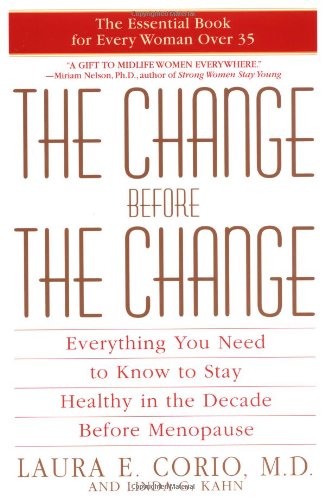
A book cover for The Change Before the Change: Everything You Need to Know to Stay Healthy in the Decade Before Menopause; Laura Corio; Self-Help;